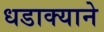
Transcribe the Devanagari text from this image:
धडाक्याने